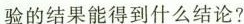
验的结果能得到什么结论？